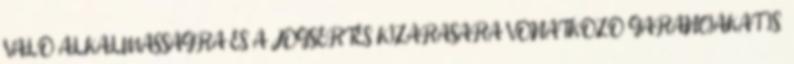
VALÓ ALKALMASSÁGRA ÉS A JOGSÉRTÉS KIZÁRÁSÁRA VONATKOZÓ GARANCIÁKAT IS.